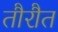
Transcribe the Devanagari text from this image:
तौरौत